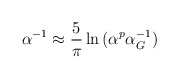
\begin{align*}\alpha^{-1} \approx {5\over\pi}\ln{(\alpha^p\alpha_G^{-1})} \end{align*}